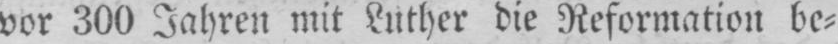
vor 300 Jahren mit Luther die Reformation be⸗